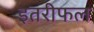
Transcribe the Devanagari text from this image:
इतरीफल